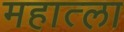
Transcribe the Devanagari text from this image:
महात्ला